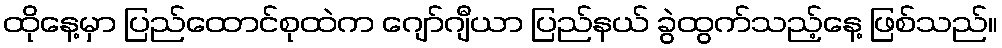
ထိုနေ့မှာ ပြည်ထောင်စုထဲက ဂျော်ဂျီယာ ပြည်နယ် ခွဲထွက်သည့်နေ့ ဖြစ်သည်။